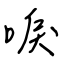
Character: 唳